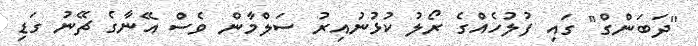
"ދަބަންގް" ގައި ފުލުހެއްގެ ރޯލު ކުޅުނުއިރު ސަލްމާން ވެސް އޭނާގެ ޗޭނު ގަޑި